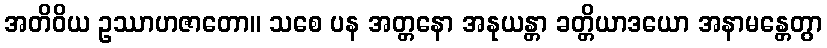
အတိဝိယ ဥဿာဟဇာတော။ သစေ ပန အတ္တနော အနုယန္တာ ခတ္တိယာဒယော အနာမန္တေတွာ